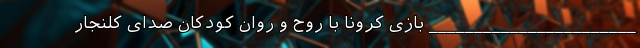
_______________________ بازی کرونا با روح و روان کودکان صدای کلنجار